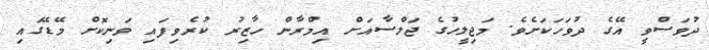
ދުވަސްވީ އޭގެ ދުވަހަކަށެވެ. މަޖިލީހުގެ ޖަލްސާއަށް އިމްރާން ހާޒިރު ކުރެވިފައި ވަނިކޮށް މޭޑޭގައި